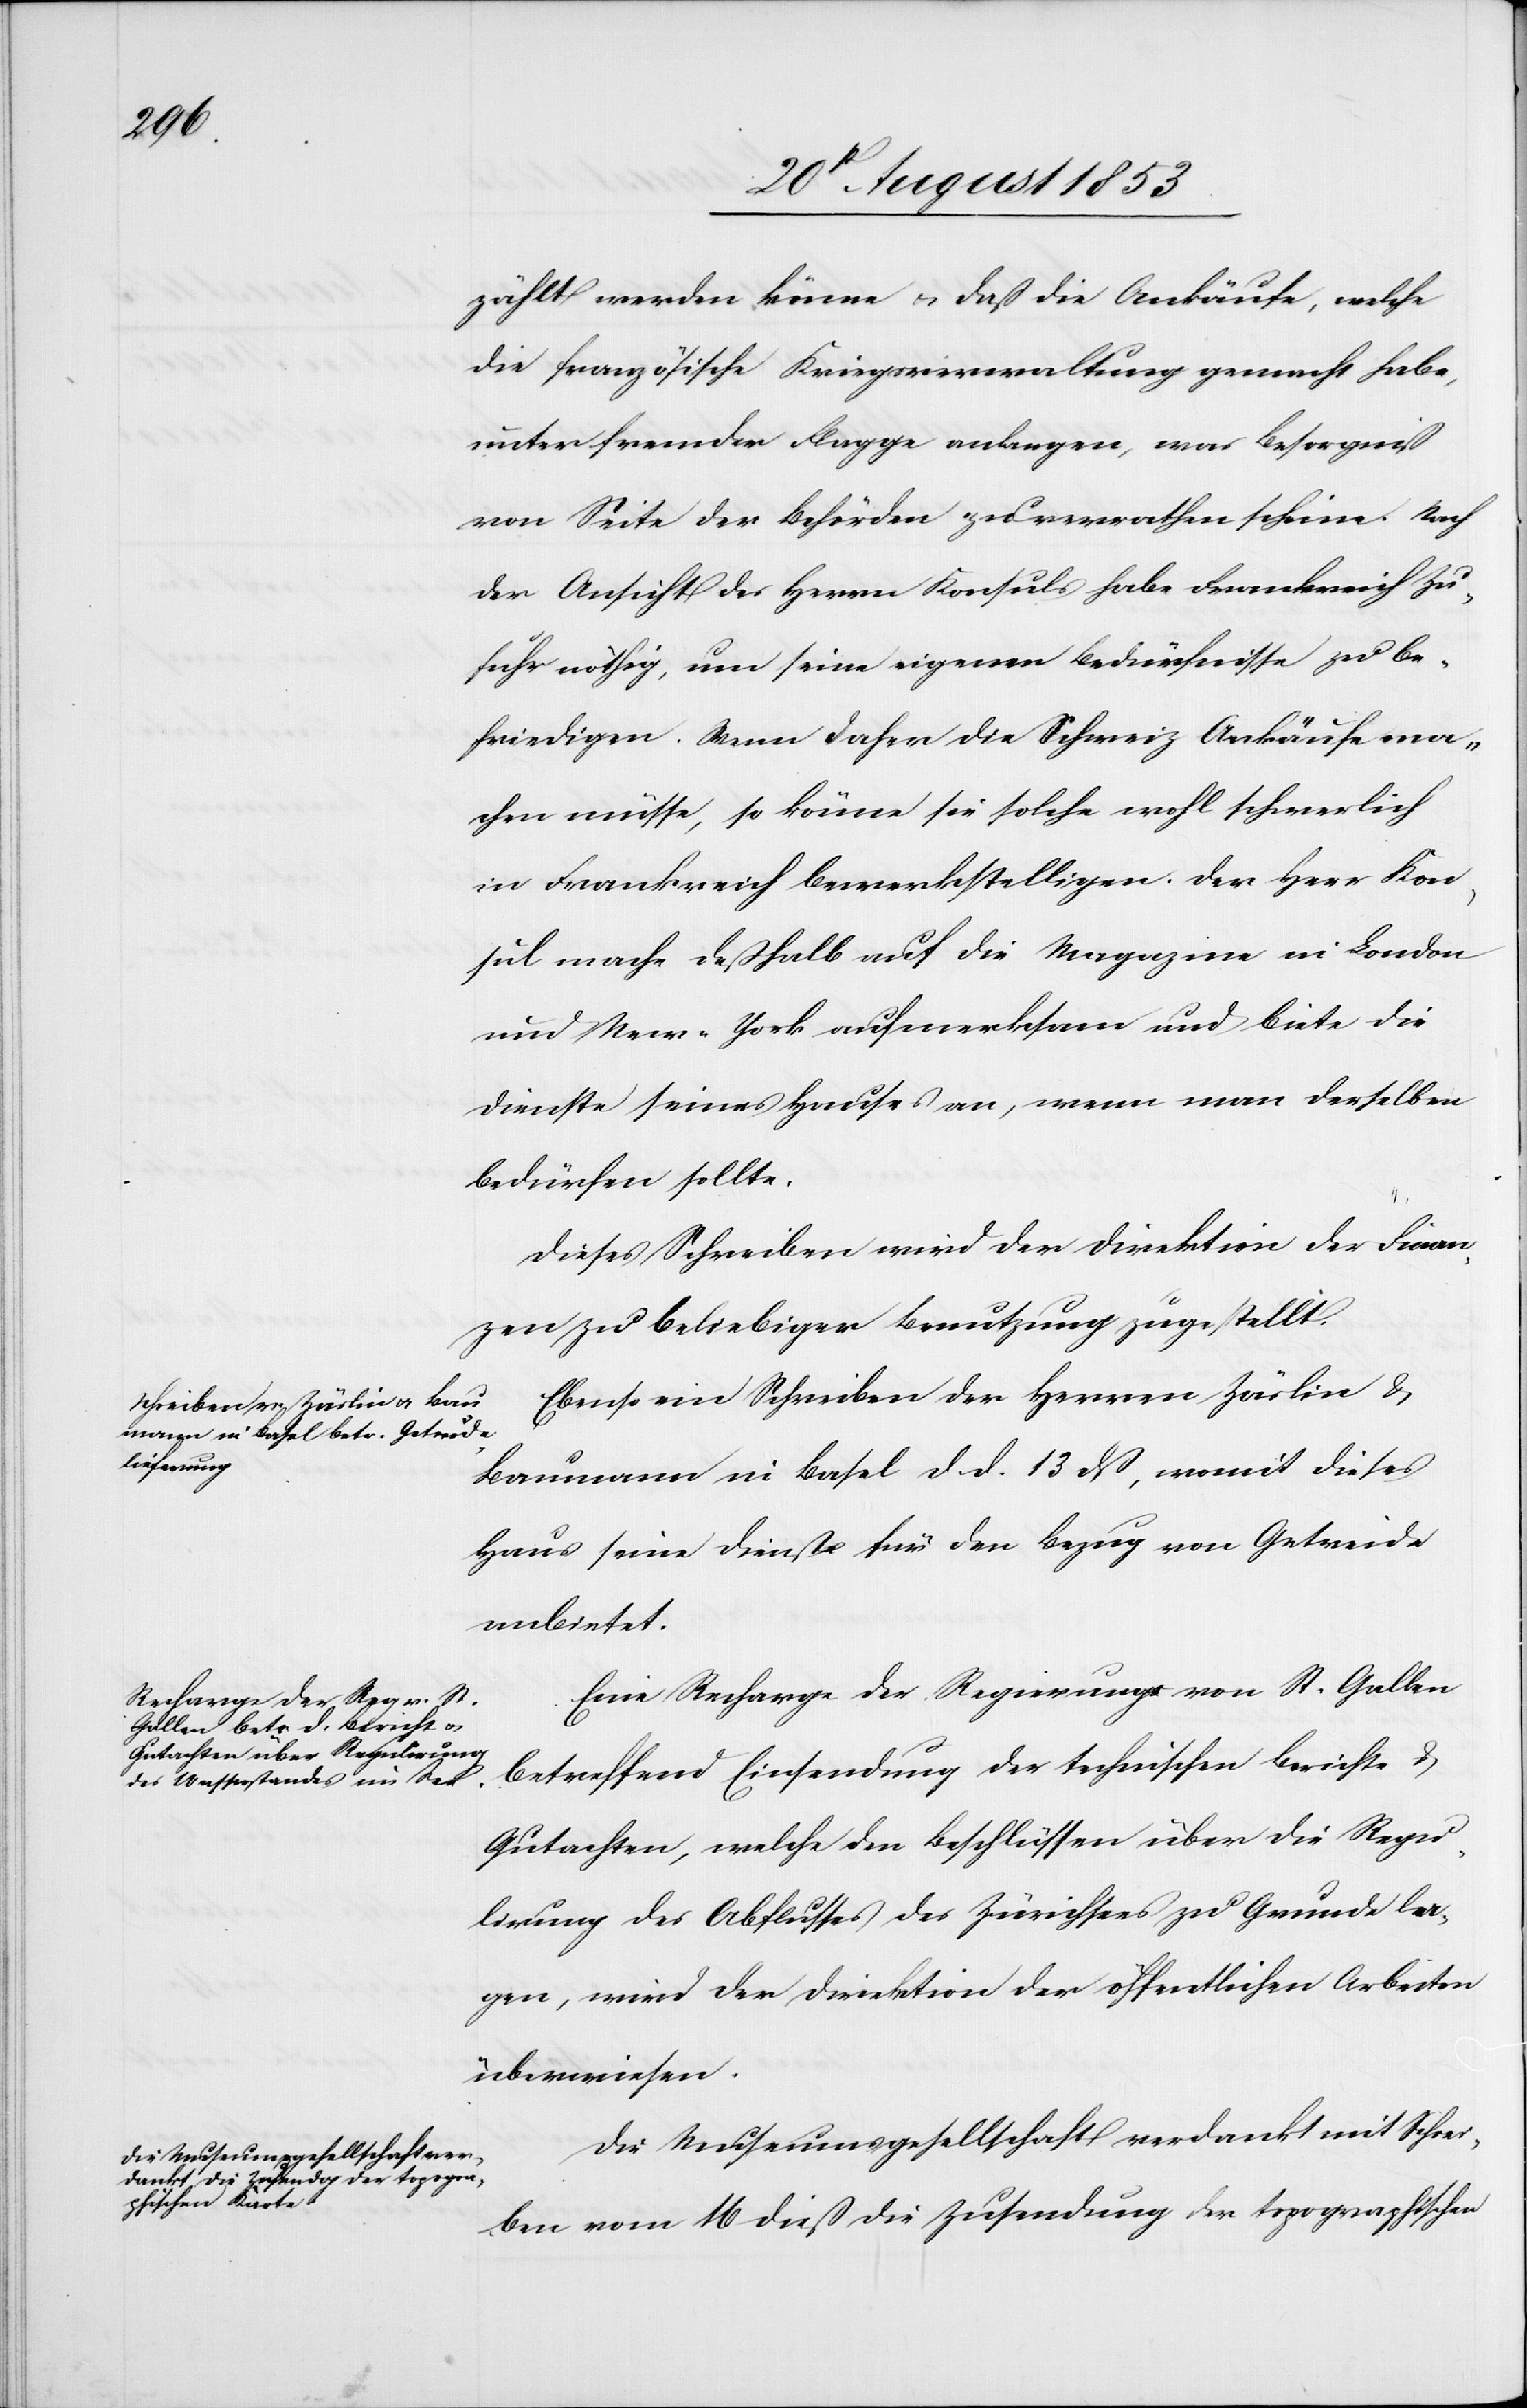
zählt werden könne u. daß die Ankäufe, welche
die französische Kriegsverwaltung gemacht habe,
unter fremder Flagge anlangen, was Besorgniß
von Seite der Behörden zu verrathen scheine. Nach
der Ansicht des Herrn Konsuls habe Frankreich Zu¬
fuhr nöthig, um seine eigenen Bedürfnisse zu be¬
friedigen. Wenn daher die Schweiz Ankäufe ma¬
chen müsse, so könne sie solche wohl schwerlich
in Frankreich bewerkstelligen. Der Herr Kon¬
sul mache deßhalb auf die Magazine in London
und New-York aufmerksam und biete die
Dienste seines Hauses an, wenn man derselben
bedürfen sollte.
Dieses Schreiben wird der Direktion der Finan¬
zen zu beliebiger Benutzung zugestellt.
Ebenso ein Schreiben der Herren Zäslin u.
Baumann in Basel d. d. 13 dß, womit dieses
Haus seine Dienste für den Bezug von Getreide
anbietet.
Eine Recharge der Regierung von St. Gallen
betreffend Einsendung der technischen Berichte u.
Gutachten, welche den Beschlüssen über die Regu¬
lirung des Abflusses des Zürichsees zu Grunde la¬
gen, wird der Direktion der öffentlichen Arbeiten
überwiesen.
Die Museumsgesellschaft verdankt mit Schrei¬
ben vom 16 dieß die Zusendung der topographischen